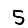
Digit: 5